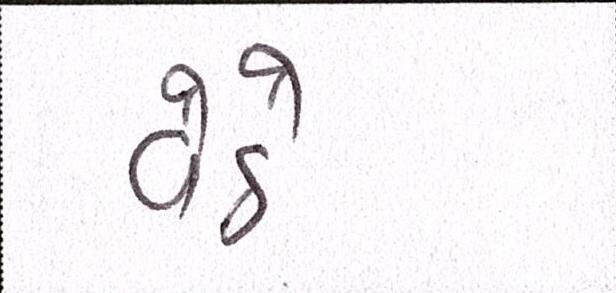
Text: વેઠે